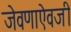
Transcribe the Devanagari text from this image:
जेवणाऐवजी